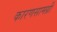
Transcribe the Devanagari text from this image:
कारणसामग्री